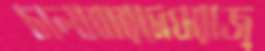
চালাবারমেঘরাজ্